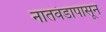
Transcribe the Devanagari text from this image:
नातवंडापासून